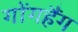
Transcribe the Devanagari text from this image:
गोंगहैंग